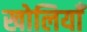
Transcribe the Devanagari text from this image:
खोलियाँ